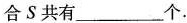
合S共有___个。